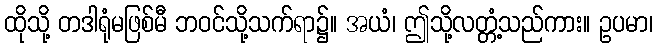
ထိုသို့ တဒါရုံမဖြစ်မီ ဘဝင်သို့သက်ရာ၌။ အယံ၊ ဤသို့လတ္တံ့သည်ကား။ ဥပမာ၊